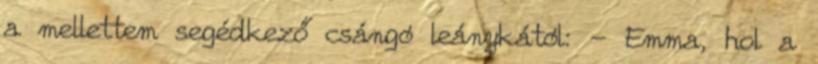
a mellettem segédkező csángó leánykától: - Emma, hol a